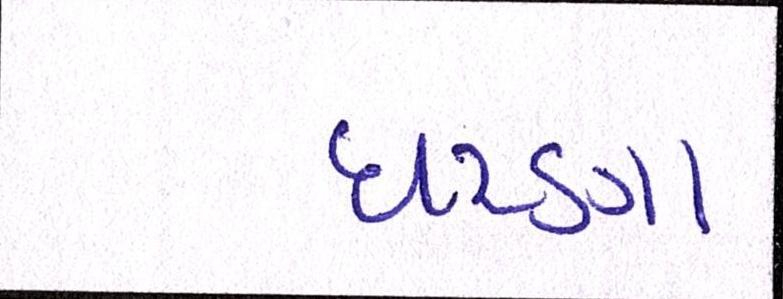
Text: ધરણા